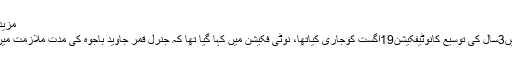
مزید پڑھیں: جنرل قمرباجوہ مزید تین سال کے لیے آرمی چیف مقرر
یاد رہے کہ حکومتِ پاکستان نےآرمی چیف کی مدت ملازمت میں3سال کی توسیع کانوٹیفکیشن19اگست کوجاری کیاتھا، نوٹی فکیشن میں کہا گیا تھا کہ جنرل قمر جاوید باجوہ کی مدت ملازمت میں توسیع خطے کے حالات کو مدنظر رکھتے ہوئے دی گئی ہے۔